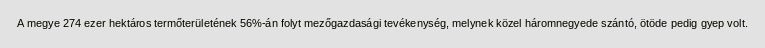
A megye 274 ezer hektáros termőterületének 56%-án folyt mezőgazdasági tevékenység, melynek közel háromnegyede szántó, ötöde pedig gyep volt.